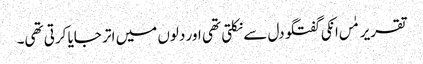
تقریر مٰں انکی گفتگو دل سے نکلتی تھی اور دلوں میں اتر جایا کرتی تھی۔